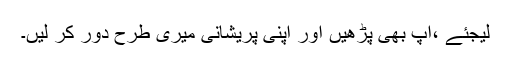
لیجئے ،آپ بھی پڑھیں اور اپنی پریشانی میری طرح دور کر لیں۔